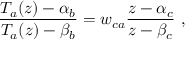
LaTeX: \frac { T _ { a } ( z ) - \alpha _ { b } } { T _ { a } ( z ) - \beta _ { b } } = w _ { c a } \frac { z - \alpha _ { c } } { z - \beta _ { c } } \ ,